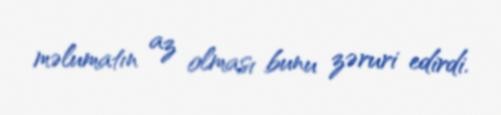
məlumatın az olması bunu zəruri edirdi.